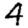
Digit: 4